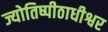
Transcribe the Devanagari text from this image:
ज्योतिष्पीठाधीश्वर